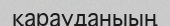
қарауданыың